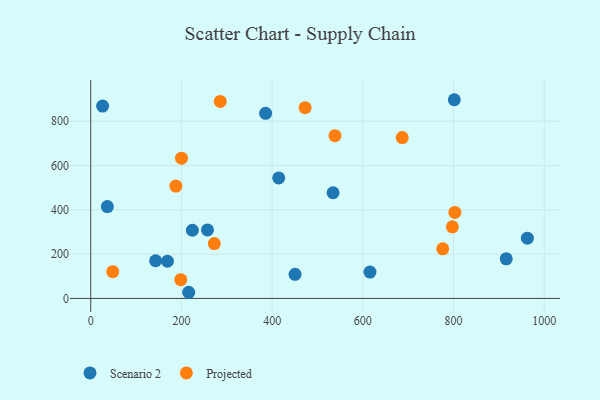
{"axis": {"x": "Distance", "y": "Yield"}, "legend": ["Projected", "Scenario 2"], "data": [{"x": "143.1", "y": 170.1, "type": "Scenario 2"}, {"x": "414.5", "y": 544.1, "type": "Scenario 2"}, {"x": "36.6", "y": 414.7, "type": "Scenario 2"}, {"x": "962.8", "y": 272.2, "type": "Scenario 2"}, {"x": "801.7", "y": 897.1, "type": "Scenario 2"}, {"x": "257.4", "y": 309.3, "type": "Scenario 2"}, {"x": "615.7", "y": 119.2, "type": "Scenario 2"}, {"x": "26.2", "y": 868.3, "type": "Scenario 2"}, {"x": "216.0", "y": 27.8, "type": "Scenario 2"}, {"x": "224.1", "y": 307.8, "type": "Scenario 2"}, {"x": "450.5", "y": 109.0, "type": "Scenario 2"}, {"x": "169.1", "y": 167.9, "type": "Scenario 2"}, {"x": "534.3", "y": 477.2, "type": "Scenario 2"}, {"x": "916.2", "y": 178.6, "type": "Scenario 2"}, {"x": "385.6", "y": 835.8, "type": "Scenario 2"}, {"x": "802.9", "y": 388.4, "type": "Projected"}, {"x": "48.5", "y": 120.9, "type": "Projected"}, {"x": "272.5", "y": 247.8, "type": "Projected"}, {"x": "538.5", "y": 734.6, "type": "Projected"}, {"x": "797.4", "y": 323.4, "type": "Projected"}, {"x": "472.7", "y": 861.4, "type": "Projected"}, {"x": "686.8", "y": 726.2, "type": "Projected"}, {"x": "776.1", "y": 223.9, "type": "Projected"}, {"x": "200.2", "y": 633.3, "type": "Projected"}, {"x": "187.7", "y": 507.3, "type": "Projected"}, {"x": "198.5", "y": 84.6, "type": "Projected"}, {"x": "285.6", "y": 889.4, "type": "Projected"}]}